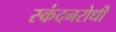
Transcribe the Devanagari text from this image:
स्कंदनरोधी